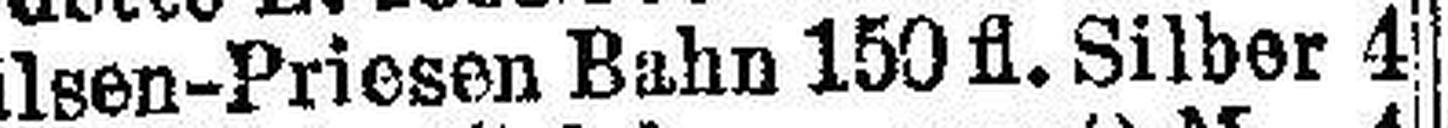
Pilsen-Priesen Bahn 150 fl. Silber 4